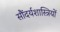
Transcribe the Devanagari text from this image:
सौंदर्यशास्त्रियों